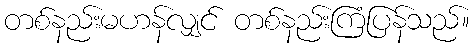
တစ်နည်းမဟန်လျှင် တစ်နည်းကြံပြန်သည်။